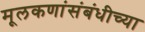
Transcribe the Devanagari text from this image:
मूलकणांसंबंधीच्या